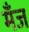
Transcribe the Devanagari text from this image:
मँज